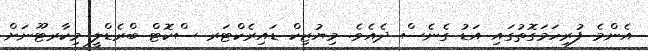
އެންމެ ފުރިހަމަގޮތުގައި އަޑު ގެނެސް ދެއެވެ. މިޔުޒިކް ޑައިރެކްޓަރ ސްކޮޓް ބްރެޑްލީ މިކާރޓޫނަށް